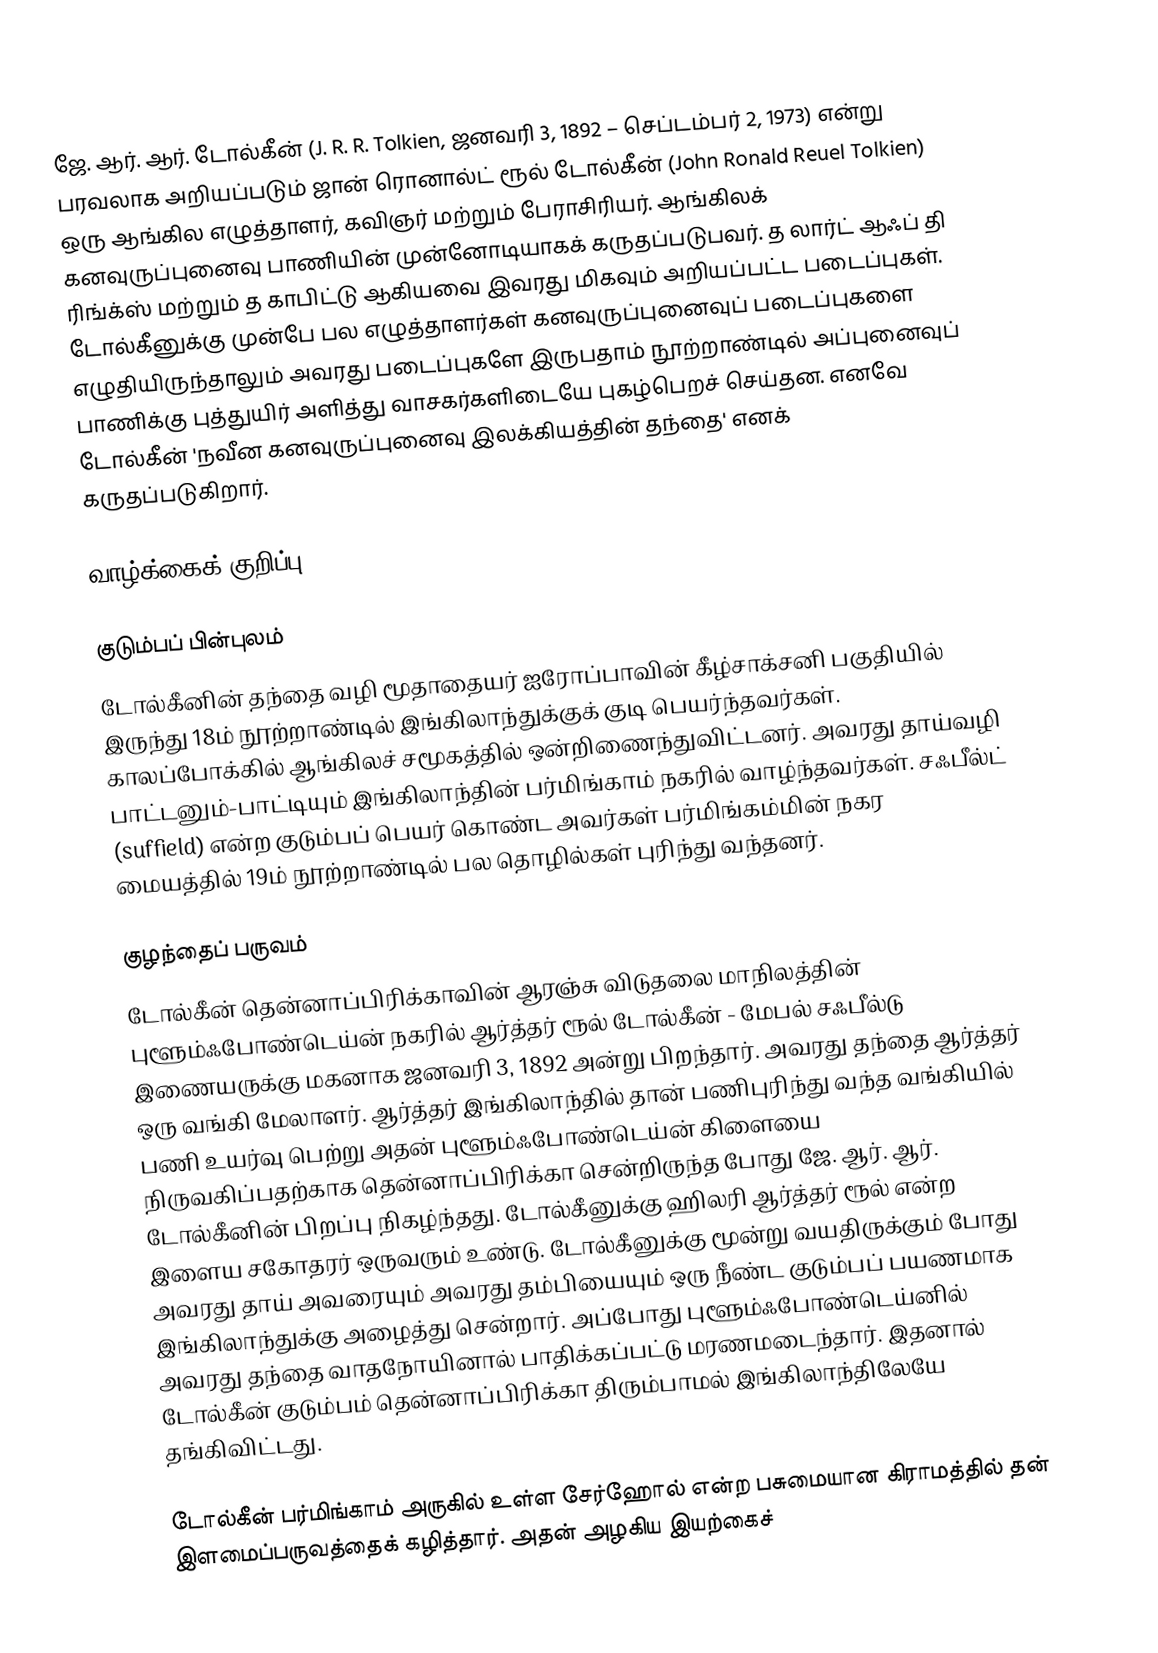
ஜே. ஆர். ஆர். டோல்கீன் (J. R. R. Tolkien,  ஜனவரி 3, 1892 – செப்டம்பர் 2, 1973) என்று பரவலாக அறியப்படும் ஜான் ரொனால்ட் ரூல் டோல்கீன் (John Ronald Reuel Tolkien) ஒரு ஆங்கில எழுத்தாளர், கவிஞர் மற்றும் பேராசிரியர். ஆங்கிலக் கனவுருப்புனைவு பாணியின் முன்னோடியாகக் கருதப்படுபவர். த லார்ட் ஆஃப் தி ரிங்க்ஸ் மற்றும்  த காபிட்டு ஆகியவை இவரது மிகவும் அறியப்பட்ட படைப்புகள். டோல்கீனுக்கு முன்பே பல எழுத்தாளர்கள் கனவுருப்புனைவுப் படைப்புகளை எழுதியிருந்தாலும் அவரது படைப்புகளே இருபதாம் நூற்றாண்டில் அப்புனைவுப் பாணிக்கு புத்துயிர் அளித்து வாசகர்களிடையே புகழ்பெறச் செய்தன. எனவே டோல்கீன் 'நவீன கனவுருப்புனைவு இலக்கியத்தின் தந்தை' எனக் கருதப்படுகிறார்.

வாழ்க்கைக் குறிப்பு

குடும்பப் பின்புலம்
டோல்கீனின் தந்தை வழி மூதாதையர் ஐரோப்பாவின் கீழ்சாக்சனி பகுதியில் இருந்து 18ம் நூற்றாண்டில் இங்கிலாந்துக்குக் குடி பெயர்ந்தவர்கள். காலப்போக்கில் ஆங்கிலச் சமூகத்தில் ஒன்றிணைந்துவிட்டனர். அவரது தாய்வழி பாட்டனும்-பாட்டியும் இங்கிலாந்தின் பர்மிங்காம் நகரில் வாழ்ந்தவர்கள். சஃபீல்ட் (suffield) என்ற குடும்பப் பெயர் கொண்ட அவர்கள் பர்மிங்கம்மின் நகர மையத்தில் 19ம் நூற்றாண்டில் பல தொழில்கள் புரிந்து வந்தனர்.

குழந்தைப் பருவம்
டோல்கீன் தென்னாப்பிரிக்காவின் ஆரஞ்சு விடுதலை மாநிலத்தின் புளூம்ஃபோண்டெய்ன் நகரில் ஆர்த்தர் ரூல் டோல்கீன் - மேபல் சஃபீல்டு இணையருக்கு மகனாக ஜனவரி 3, 1892 அன்று பிறந்தார். அவரது தந்தை ஆர்த்தர் ஒரு வங்கி மேலாளர். ஆர்த்தர் இங்கிலாந்தில் தான் பணிபுரிந்து வந்த வங்கியில் பணி உயர்வு பெற்று அதன் புளூம்ஃபோண்டெய்ன் கிளையை நிருவகிப்பதற்காக தென்னாப்பிரிக்கா சென்றிருந்த போது ஜே. ஆர். ஆர். டோல்கீனின் பிறப்பு நிகழ்ந்தது. டோல்கீனுக்கு ஹிலரி ஆர்த்தர் ரூல் என்ற இளைய சகோதரர் ஒருவரும் உண்டு. டோல்கீனுக்கு மூன்று வயதிருக்கும் போது அவரது தாய் அவரையும் அவரது தம்பியையும் ஒரு நீண்ட குடும்பப் பயணமாக இங்கிலாந்துக்கு அழைத்து சென்றார். அப்போது புளூம்ஃபோண்டெய்னில் அவரது தந்தை வாதநோயினால் பாதிக்கப்பட்டு மரணமடைந்தார். இதனால் டோல்கீன் குடும்பம் தென்னாப்பிரிக்கா திரும்பாமல் இங்கிலாந்திலேயே தங்கிவிட்டது.

டோல்கீன் பர்மிங்காம் அருகில் உள்ள சேர்ஹோல் என்ற பசுமையான கிராமத்தில் தன் இளமைப்பருவத்தைக் கழித்தார். அதன் அழகிய இயற்கைச்